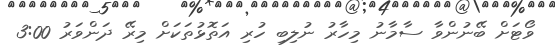
ވޯޓަށް ބޭނުންވާ ސާމާނު މިހާރު ނުލިބި ހުރި އަތޮޅުތަކަށް މިރޭ ދަންވަރު 3:00